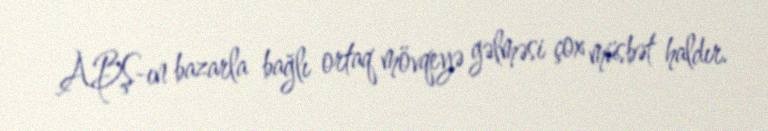
ABŞ-ın bazarla bağlı ortaq mövqeyə gəlməsi çox müsbət haldır.